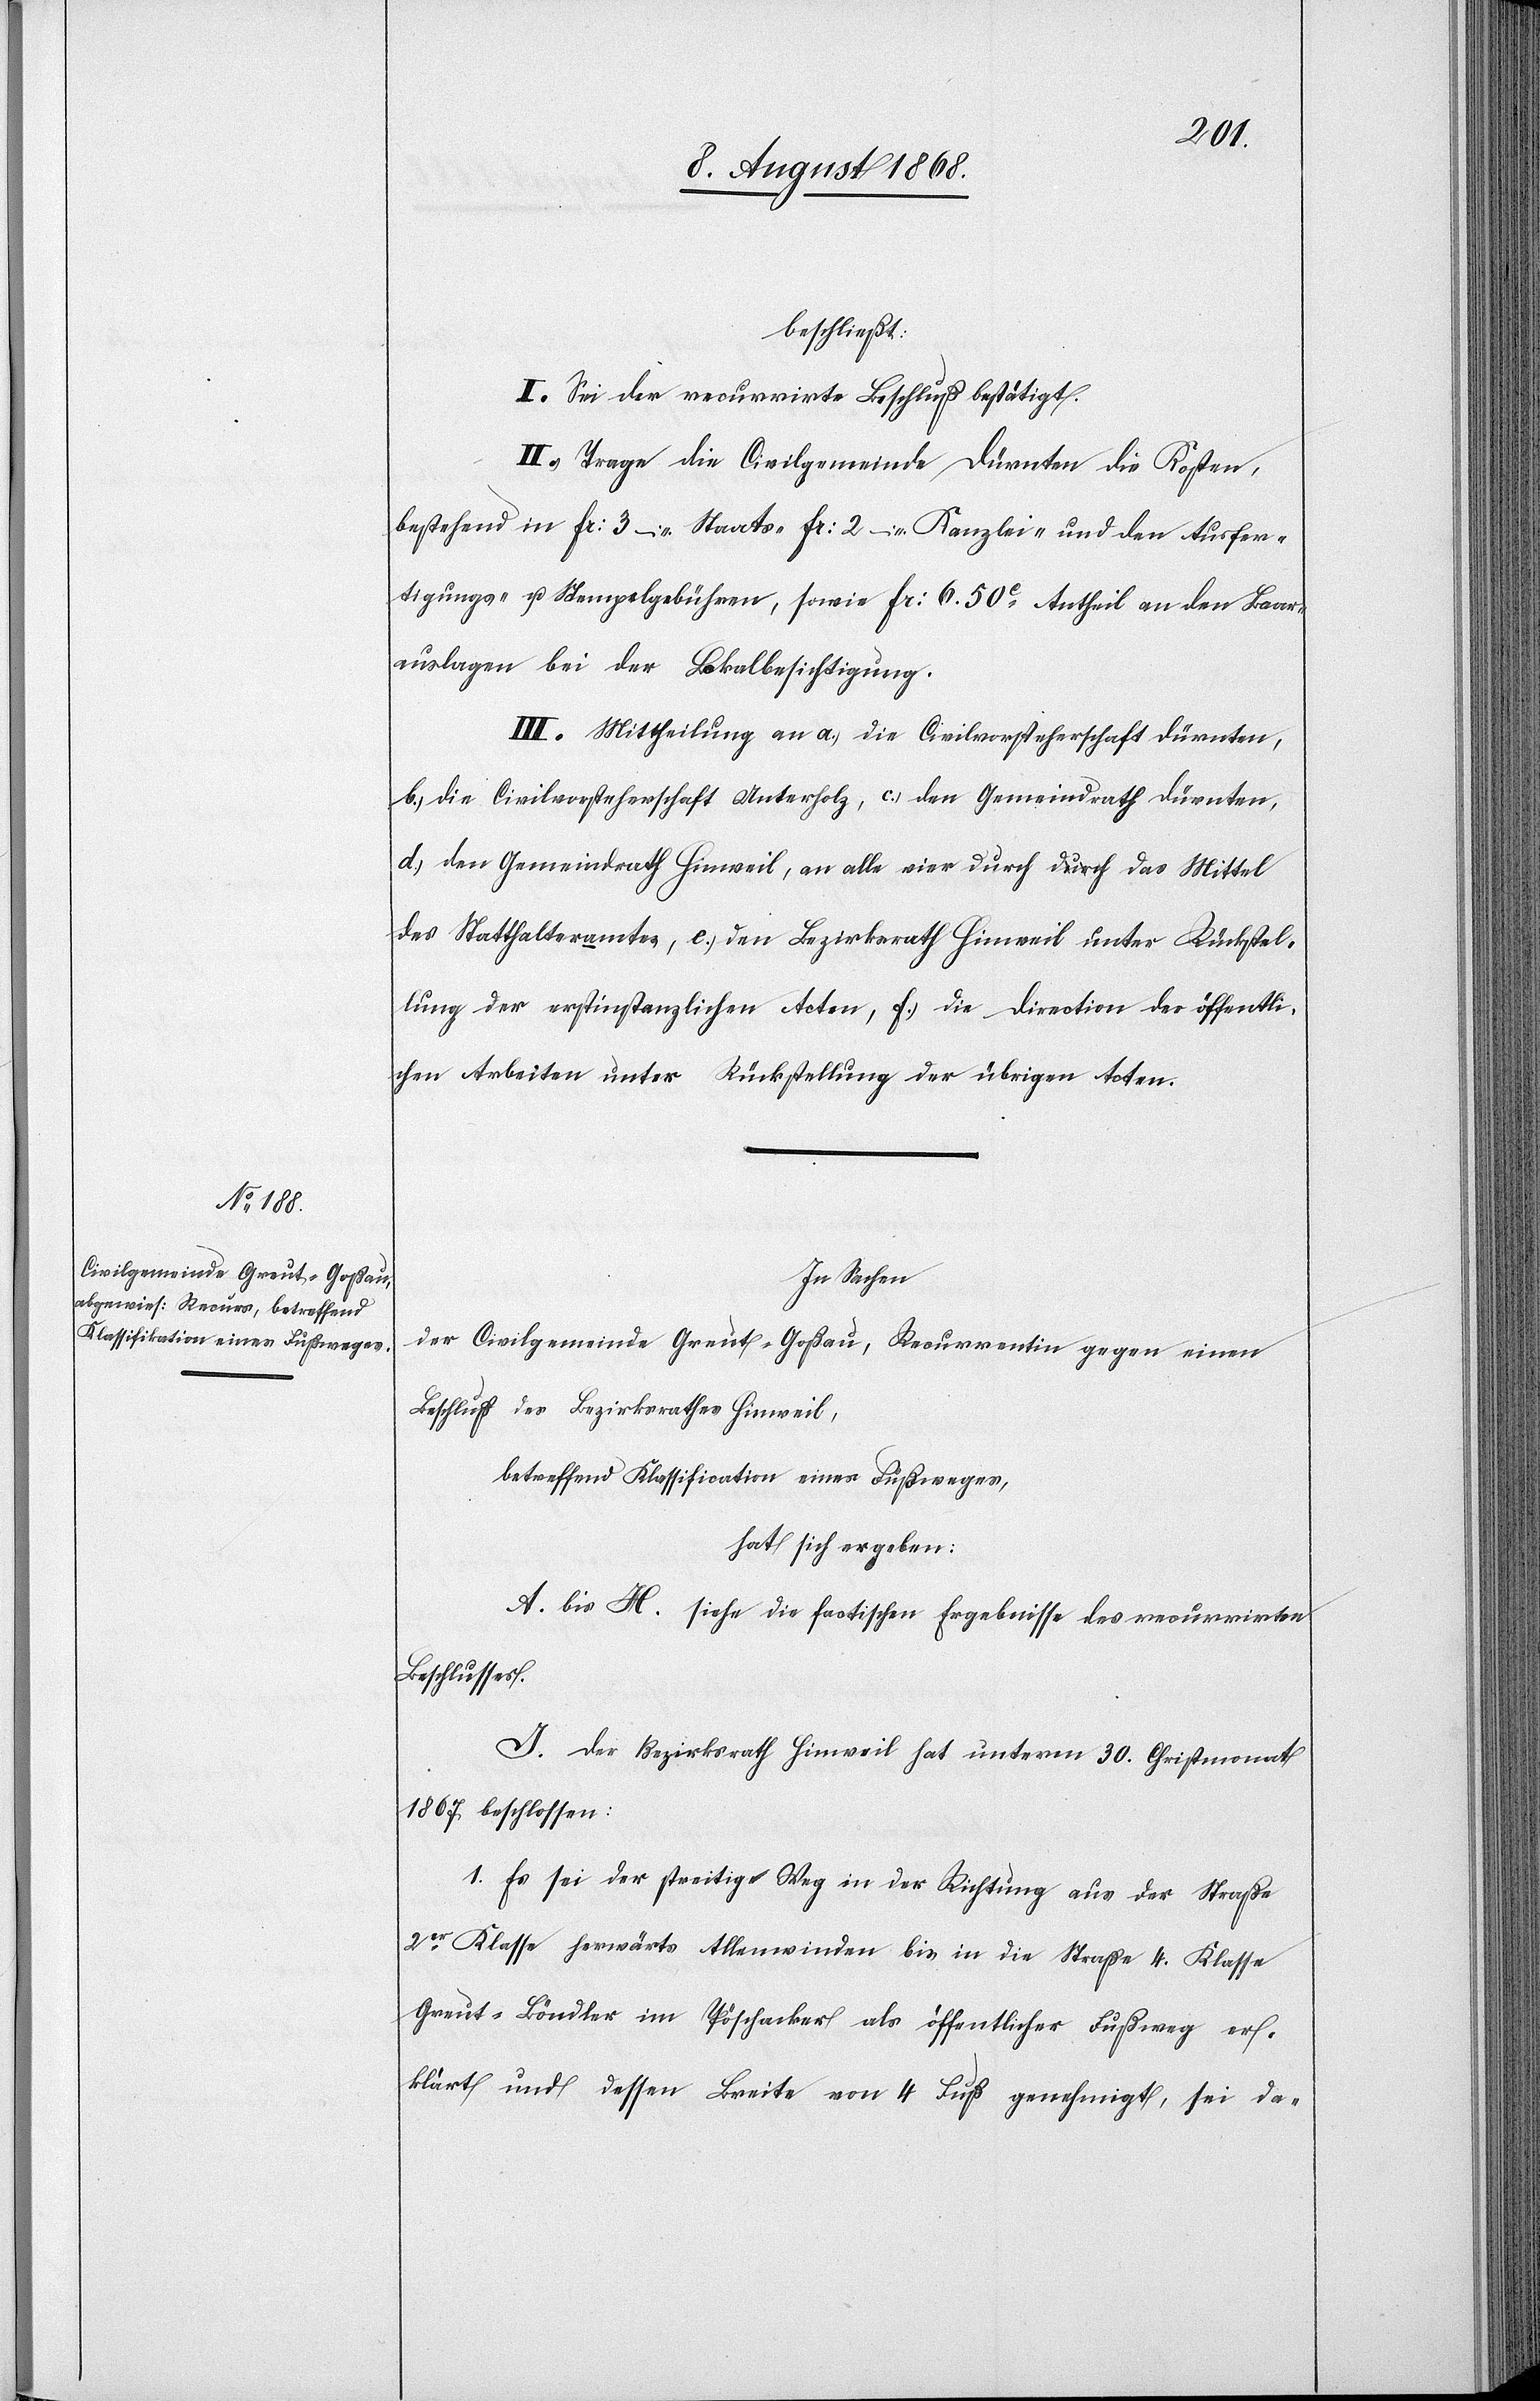
beschließt:
I. Sei der recurrirte Beschluß bestätigt.
II. Trage die Civilgemeinde Dürnten die Kosten,
bestehend in Fr: 3 – Staats-[,] Fr: 2 – Kanzlei- und den Ausfer¬
tigungs- u. Stempelgebühren, sowie Fr: 6. 50c Antheil an den Baar¬
auslagen bei der Lokalbesichtigung.
III. Mittheilung an a.) die Civilvorsteherschaft Dürnten,
b.) die Civilvorsteherschaft Unterholz, c.) den Gemeindrath Dürnten,
d.) den Gemeindrath Hinweil, an alle vier durch a-durch-a das Mittel
des Statthalteramtes, e.) den Bezirksrath Hinweil unter Rückstel¬
lung der erstinstanzlichen Acten, f.) die Direction der öffentli¬
chen Arbeiten unter Rückstellung der übrigen Acten.
In Sachen
der Civilgemeinde Greut - Goßau, Recurrentin gegen einen
Beschluß des Bezirksrathes Hinweil,
betreffend Klassification eines Fußweges,
hat sich ergeben:
A. bis H. siehe die factischen Ergebnisse des recurrirten
Beschlusses.
I. Der Bezirksrath Hinweil hat unterm 30. Christmonat
1867 beschlossen:
1. Es sei der streitige Weg in der Richtung aus der Straße
2er Klasse herwärts Allenwinden bis in die Straße 4. Klasse
Greut–Böndler im Pöschacker als öffentlicher Fußweg er¬
klärt und dessen Breite von 4 Fuß genehmigt, sei da-